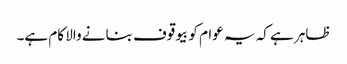
ظاہر ہے کہ یہ عوام کو بیوقوف بنانے والا کام ہے۔